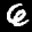
Label: 6